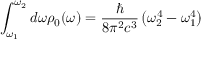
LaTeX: \int _ { \omega _ { 1 } } ^ { \omega _ { 2 } } d \omega \rho _ { 0 } ( \omega ) = { \frac { \hbar } { 8 \pi ^ { 2 } c ^ { 3 } } } \left( \omega _ { 2 } ^ { 4 } - \omega _ { 1 } ^ { 4 } \right)